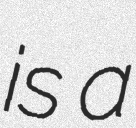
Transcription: is a